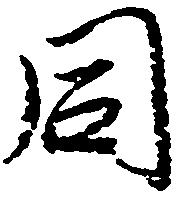
同